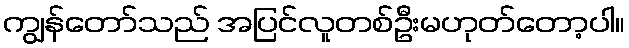
ကျွန်တော်သည် အပြင်လူတစ်ဦးမဟုတ်တော့ပါ။